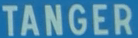
TANGER